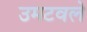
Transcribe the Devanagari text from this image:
उमटवले